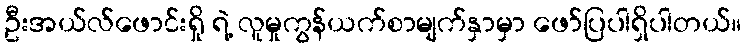
ဦးအယ်လ်ဖောင်းရှို ရဲ့ လူမှုကွန်ယက်စာမျက်နှာမှာ ဖော်ပြပါရှိပါတယ်။